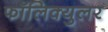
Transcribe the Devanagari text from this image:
फॉलिक्युलर